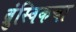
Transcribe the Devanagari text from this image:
ब्रुंस्विकचा